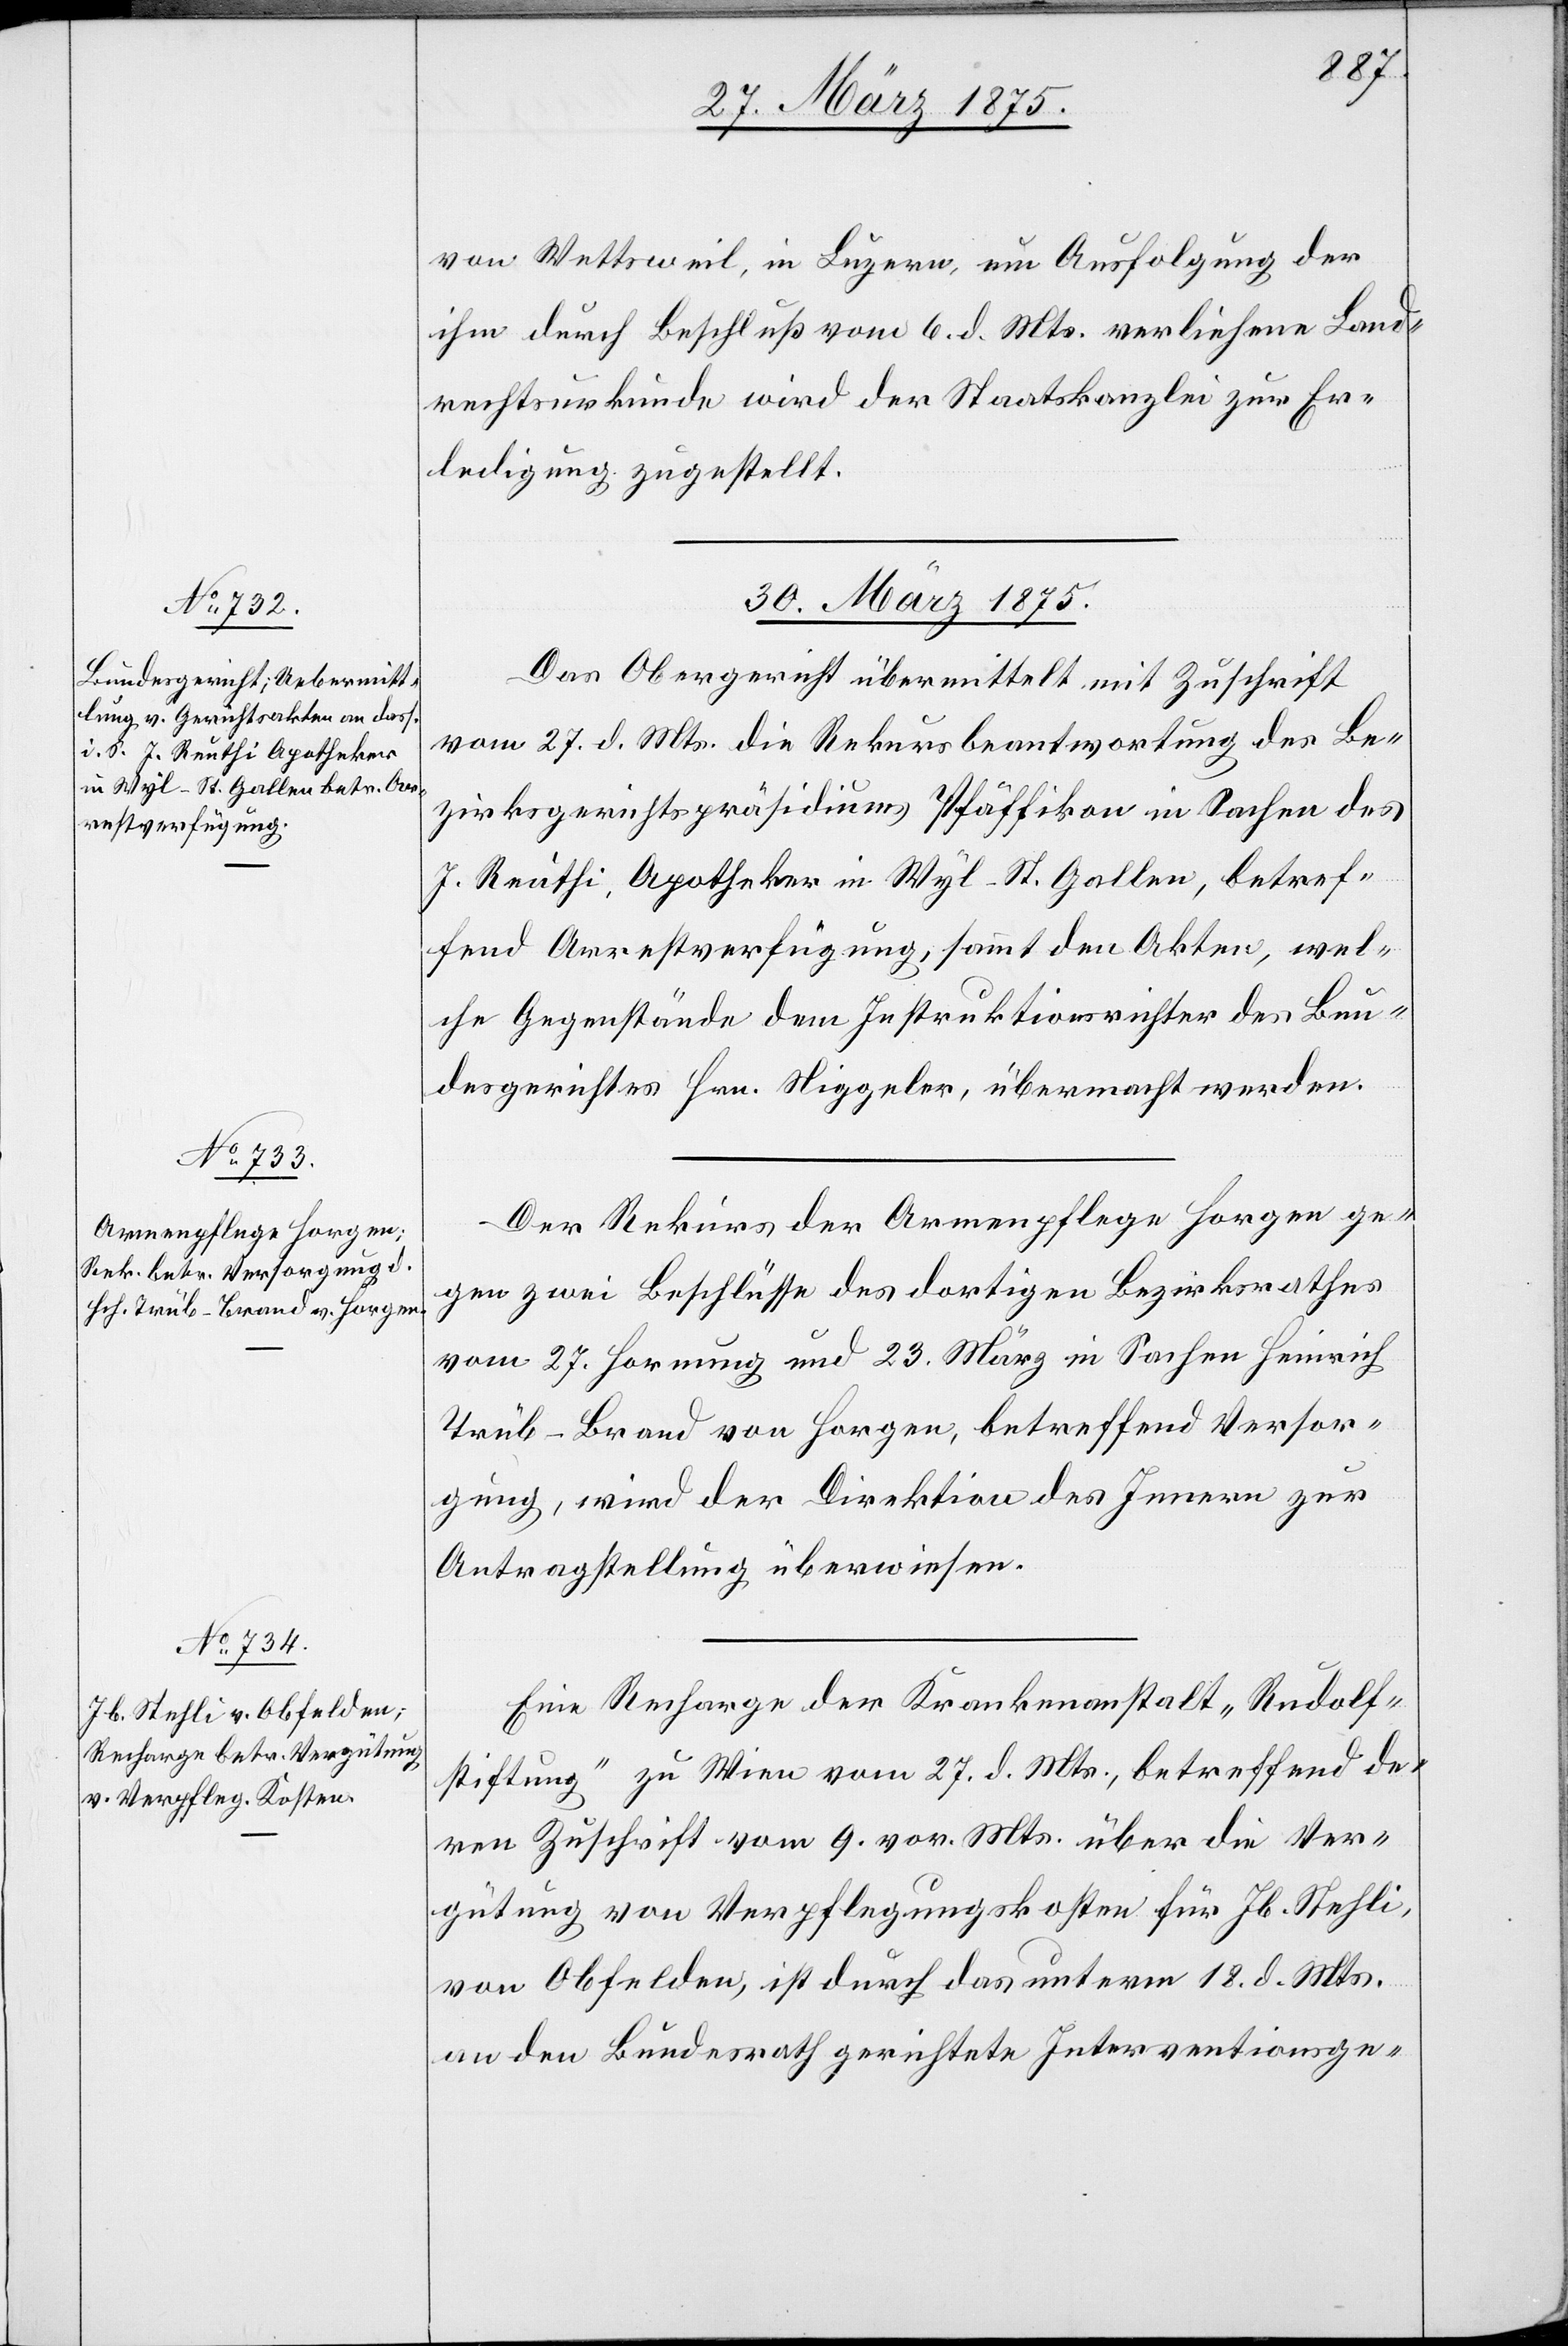
von Wettsweil, in Luzern, um Ausfolgung der
ihm durch Beschluß vom 6. d. Mts. verliehene Land¬
rechtsurkunde wird der Staatskanzlei zur Er¬
ledigung zugestellt.
30. März 1875.]
Das Obergericht übermittelt mit Zuschrift
vom 27. d. Mts. die Rekursbeantwortung des Be¬
zirksgerichtspräsidiums Pfäffikon in Sachen des
J. Reuthi, Apotheker in Wyl - St. Gallen, betref¬
fend Arrestverfügung, sammt den Akten, wel¬
che Gegenstände dem Instruktionsrichter des Bun¬
desgerichtes Hrn. Niggeler, übermacht werden.
Der Rekurs der Armenpflege Horgen ge¬
gen zwei Beschlüsse des dortigen Bezirksrathes
vom 27. Hornung und 23. März in Sachen Heinrich
Trüb-Brand von Horgen, betreffend Versor¬
gung, wird der Direktion des Innern zur
Antragstellung überwiesen.
Eine Recharge der Krankenanstalt „Rudolf¬
stiftung“ zu Wien vom 27. d. Mts., betreffend de¬
ren Zuschrift vom 9. vor. Mts. über die Ver¬
gütung von Verpflegungskosten für Jb. Stehli,
von Obfelden, ist durch das unterm 18. d. Mts.
an den Bundesrath gerichtete Interventionsge-